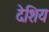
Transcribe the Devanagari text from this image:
देशिय